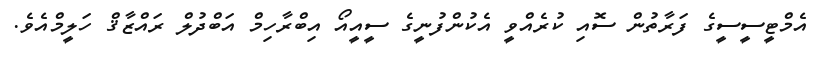
އެމްޓީސީސީގެ ފަރާތުން ސޮއި ކުރެއްވީ އެކުންފުނީގެ ސީއީއޯ އިބްރާހިމް އަބްދުލް ރައްޒާޤް ހަލީމްއެވެ.